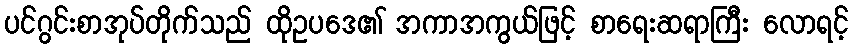
ပင်ဂွင်းစာအုပ်တိုက်သည် ထိုဥပဒေ၏ အကာအကွယ်ဖြင့် စာရေးဆရာကြီး လောရင့်